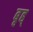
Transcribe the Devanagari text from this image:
बृह्